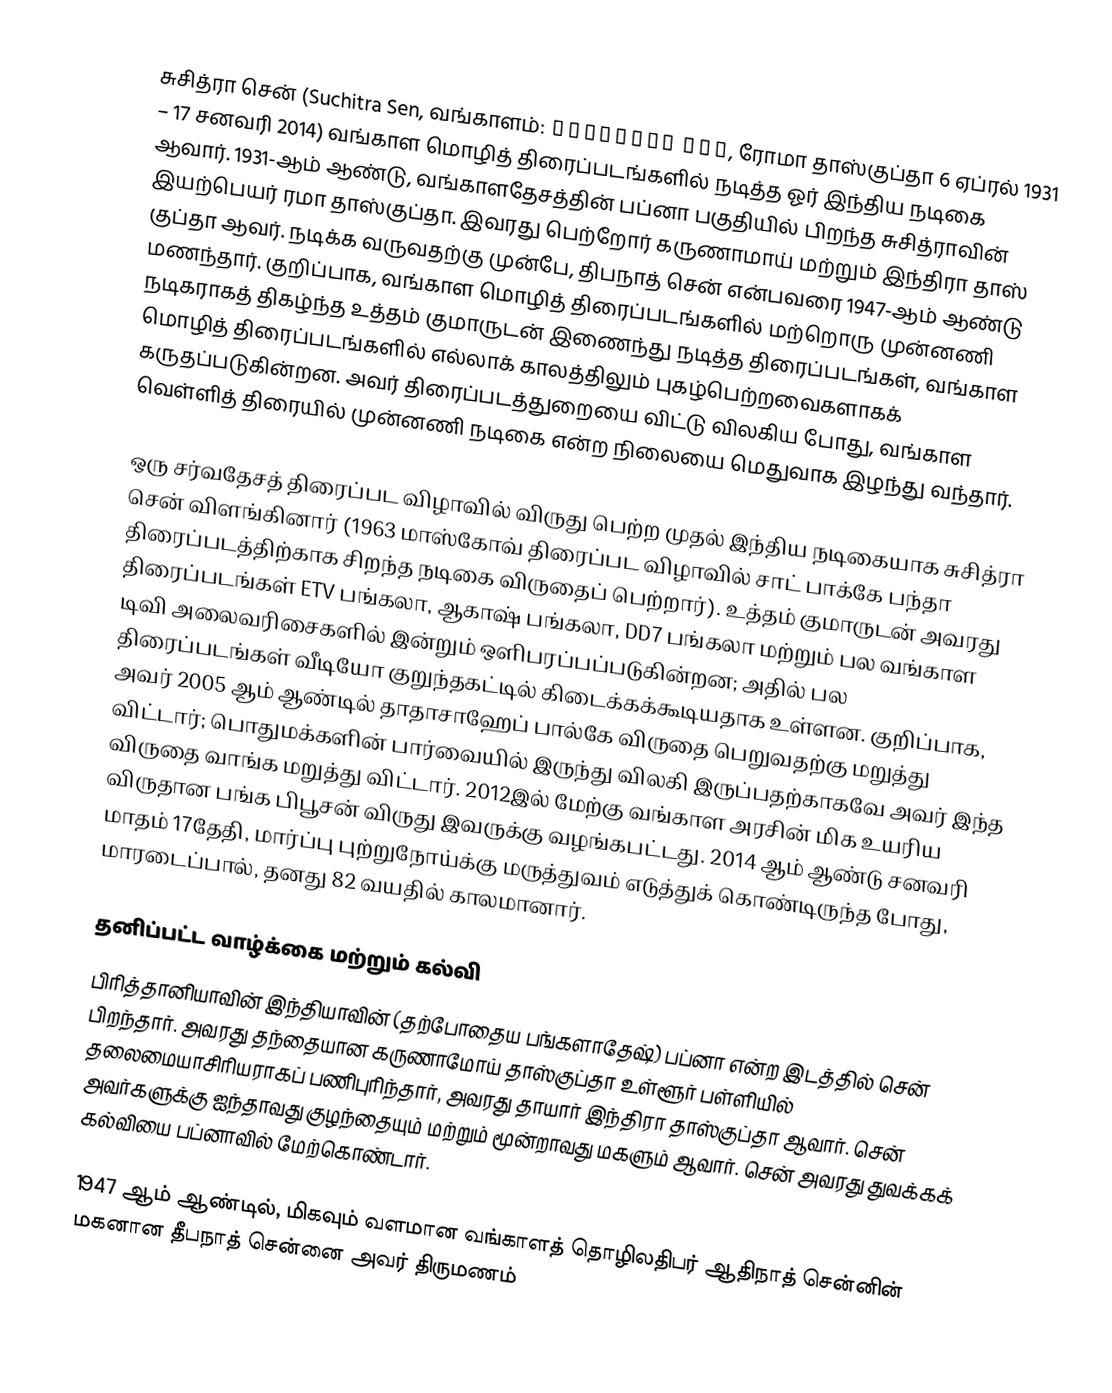
சுசித்ரா சென் (Suchitra Sen, வங்காளம்: সুচিত্রা সেন,  ரோமா தாஸ்குப்தா 6 ஏப்ரல் 1931 – 17 சனவரி 2014) வங்காள மொழித் திரைப்படங்களில் நடித்த ஓர் இந்திய நடிகை ஆவார். 1931-ஆம் ஆண்டு, வங்காளதேசத்தின் பப்னா பகுதியில் பிறந்த சுசித்ராவின் இயற்பெயர் ரமா தாஸ்குப்தா. இவரது பெற்றோர் கருணாமாய் மற்றும் இந்திரா தாஸ் குப்தா ஆவர். நடிக்க வருவதற்கு முன்பே, திபநாத் சென் என்பவரை 1947-ஆம் ஆண்டு மணந்தார். குறிப்பாக, வங்காள மொழித் திரைப்படங்களில் மற்றொரு முன்னணி நடிகராகத் திகழ்ந்த உத்தம் குமாருடன் இணைந்து நடித்த திரைப்படங்கள், வங்காள மொழித் திரைப்படங்களில் எல்லாக் காலத்திலும் புகழ்பெற்றவைகளாகக் கருதப்படுகின்றன. அவர் திரைப்படத்துறையை விட்டு விலகிய போது, வங்காள வெள்ளித் திரையில் முன்னணி நடிகை என்ற நிலையை மெதுவாக இழந்து வந்தார்.

ஒரு சர்வதேசத் திரைப்பட விழாவில் விருது பெற்ற முதல் இந்திய நடிகையாக சுசித்ரா சென் விளங்கினார் (1963 மாஸ்கோவ் திரைப்பட விழாவில் சாட் பாக்கே பந்தா  திரைப்படத்திற்காக சிறந்த நடிகை விருதைப் பெற்றார்). உத்தம் குமாருடன் அவரது திரைப்படங்கள் ETV பங்கலா, ஆகாஷ் பங்கலா, DD7 பங்கலா மற்றும் பல வங்காள டிவி அலைவரிசைகளில் இன்றும் ஒளிபரப்பப்படுகின்றன; அதில் பல திரைப்படங்கள் வீடியோ குறுந்தகட்டில் கிடைக்கக்கூடியதாக உள்ளன. குறிப்பாக, அவர் 2005 ஆம் ஆண்டில் தாதாசாஹேப் பால்கே விருதை பெறுவதற்கு மறுத்து விட்டார்; பொதுமக்களின் பார்வையில் இருந்து விலகி இருப்பதற்காகவே அவர் இந்த விருதை வாங்க மறுத்து விட்டார். 2012இல் மேற்கு வங்காள அரசின் மிக உயரிய விருதான பங்க பிபூசன் விருது இவருக்கு வழங்கபட்டது. 2014 ஆம் ஆண்டு சனவரி மாதம் 17தேதி, மார்ப்பு புற்றுநோய்க்கு மருத்துவம் எடுத்துக் கொண்டிருந்த போது, மாரடைப்பால்,  தனது 82 வயதில் காலமானார்.

தனிப்பட்ட வாழ்க்கை மற்றும் கல்வி
பிரித்தானியாவின் இந்தியாவின் (தற்போதைய பங்களாதேஷ்) பப்னா என்ற இடத்தில் சென் பிறந்தார். அவரது தந்தையான கருணாமோய் தாஸ்குப்தா உள்ளூர் பள்ளியில் தலைமையாசிரியராகப் பணிபுரிந்தார், அவரது தாயார் இந்திரா தாஸ்குப்தா ஆவார். சென் அவர்களுக்கு ஐந்தாவது குழந்தையும் மற்றும் மூன்றாவது மகளும் ஆவார். சென் அவரது துவக்கக் கல்வியை பப்னாவில் மேற்கொண்டார்.

1947 ஆம் ஆண்டில், மிகவும் வளமான வங்காளத் தொழிலதிபர் ஆதிநாத் சென்னின் மகனான தீபநாத் சென்னை அவர் திருமணம்